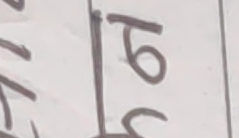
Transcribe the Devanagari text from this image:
७